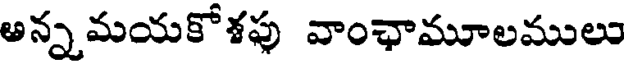
అన్నమయకోశపు వాంఛామూలములు